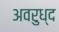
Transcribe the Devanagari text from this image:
अवरुध्द